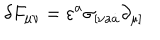
\delta F _ { \mu \nu } = \varepsilon ^ { a } \sigma _ { [ \nu a \dot { a } } \partial _ { \mu ] }